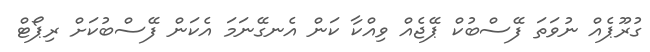
ގުރޫޕެއް ނުވަތަ ފޭސްބުކް ޕޭޖެއް ވިއްކާ ކަން އެނގޭނަމަ އެކަން ފޭސްބުކަށް ރިޕޯޓް